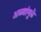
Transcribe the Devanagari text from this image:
अळ्यांमुळे